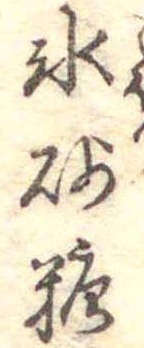
氷砂糖